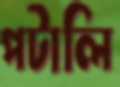
পটালি